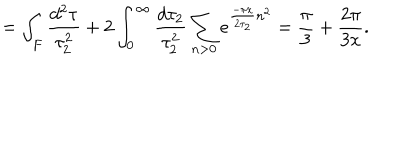
= \int _ { F } \frac { d ^ { 2 } \tau } { \tau _ { 2 } ^ { 2 } } + 2 \int _ { 0 } ^ { \infty } \frac { d \tau _ { 2 } } { \tau _ { 2 } ^ { 2 } } \sum _ { n > 0 } e ^ { \frac { - \pi x } { 2 \tau _ { 2 } } n ^ { 2 } } = \frac { \pi } { 3 } + \frac { 2 \pi } { 3 x } .